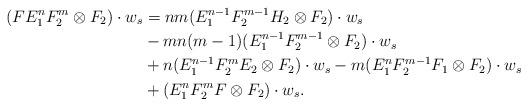
LaTeX: \begin{align*} (F E_{1}^{n} F_{2}^{m} \otimes F_2) \cdot w_s & = nm (E_{1}^{n-1} F_{2}^{m-1} H_2 \otimes F_2) \cdot w_s \\& - mn(m-1)(E_{1}^{n-1} F_{2}^{m-1} \otimes F_2) \cdot w_s \\& + n (E_{1}^{n-1} F_{2}^{m} E_2 \otimes F_2) \cdot w_s - m (E_{1}^{n} F_{2}^{m-1} F_1 \otimes F_2) \cdot w_s \\& + (E_{1}^{n} F_{2}^{m} F \otimes F_2) \cdot w_s. \end{align*}